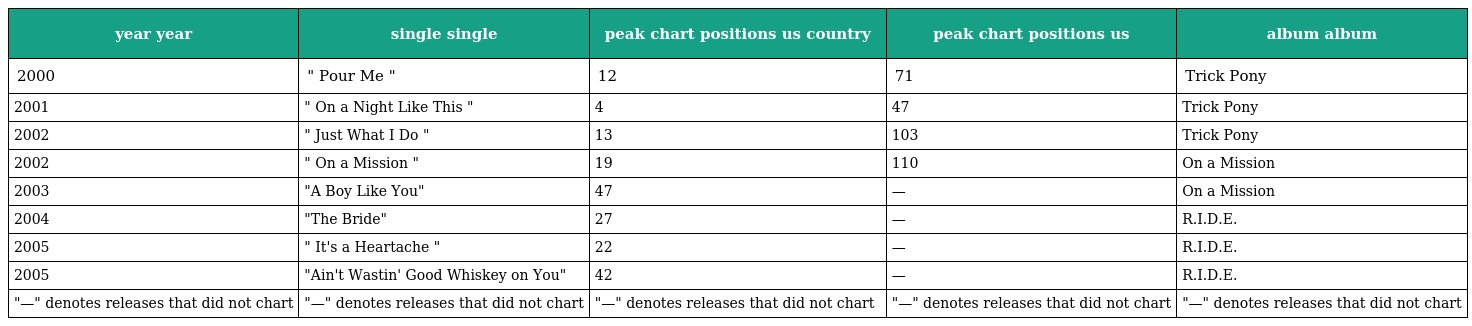
| year year | single single | peak chart positions us country | peak chart positions us | album album |
 | --- | --- | --- | --- | --- |
 | 2000 | " Pour Me " | 12 | 71 | Trick Pony |
 | 2001 | " On a Night Like This " | 4 | 47 | Trick Pony |
 | 2002 | " Just What I Do " | 13 | 103 | Trick Pony |
 | 2002 | " On a Mission " | 19 | 110 | On a Mission |
 | 2003 | "A Boy Like You" | 47 | — | On a Mission |
 | 2004 | "The Bride" | 27 | — | R.I.D.E. |
 | 2005 | " It's a Heartache " | 22 | — | R.I.D.E. |
 | 2005 | "Ain't Wastin' Good Whiskey on You" | 42 | — | R.I.D.E. |
 | "—" denotes releases that did not chart | "—" denotes releases that did not chart | "—" denotes releases that did not chart | "—" denotes releases that did not chart | "—" denotes releases that did not chart |